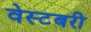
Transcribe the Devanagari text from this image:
वेस्टबरी